Indian Medical Review
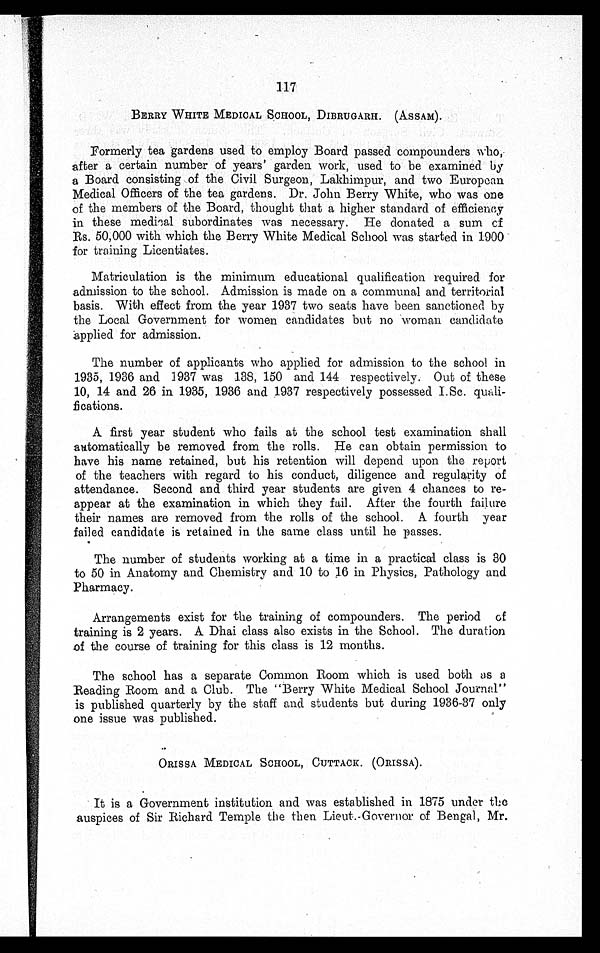
117
BERRY WHITE MEDICAL SCHOOL, DIBRUGARH. (ASSAM).
Formerly tea gardens used to employ Board passed compounders
w h o , a f t e r a c e r t a i n n u m b e r o f y e a r s ' g a r d e n w o r k , u s e d t o b e e x a m i n e d b y
a Board consisting of the Civil Surgeon, Lakhimpur, and two European
Medical Officers of the tea gardens. Dr. John Berry White, who was one
of the members of the Board, thought that a higher standard of efficiency
in these medical subordinates was necessary. He donated a sum of
Rs. 50,000 with which the Berry White Medical School was started in 1900
for training Licentiates.
Matriculation is the minimum educational qualification required for
admission to the school. Admission is made on a communal and territorial
basis. With effect from the year 1937 two seats have been sanctioned by
the Local Government for women candidates but no woman candidate
applied for admission.
The number of applicants who applied for admission to the school in
1935, 1936 and 1937 was 138, 150 and 144 respectively. Out of these
10, 14 and 26 in 1935, 1936 and 1937 respectively possessed I.Sc. quali-
fications.
A first year student who fails at the school test examination shall
automatically be removed from the rolls. He can obtain permission to
have his name retained, but his retention will depend upon the report
of the teachers with regard to his conduct, diligence and regularity of
attendance. Second and third year students are given 4 chances to re-
appear at the examination in which they fail. After the fourth failure
their names are removed from the rolls of the school. A fourth year
failed candidate is retained in the same class until he passes.
The number of students working at a time in a practical class is 30
to 50 in Anatomy and Chemistry and 10 to 16 in Physics, Pathology and
Pharmacy.
Arrangements exist for the training of compounders. The period of
training is 2 years. A Dhai class also exists in the School. The duration
of the course of training for this class is 12 months.
The school has a separate Common Room which is used both as a
Reading Room and a Club. The "Berry White Medical School Journal"
is published quarterly by the staff and students but during 1936-37 only
one issue was published.
ORISSA MEDICAL SCHOOL, CUTTACK. (ORISSA).
It is a Government institution and was established in 1875 under the
auspices of Sir Richard Temple the then Lieut.-Governor of Bengal, Mr.